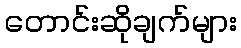
တောင်းဆိုချက်များ